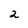
Character: 2